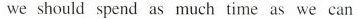
we should spend as much time as we can